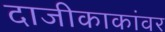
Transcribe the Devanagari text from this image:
दाजीकाकांवर